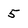
Character: 5